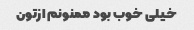
خیلی خوب بود ممنونم ازتون